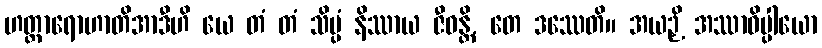
ဟတ္ထာရောဟာတိအာဒီဟိ ယေ တံ တံ သိပ္ပံ နိဿာယ ဇီဝန္တိ, တေ ဒဿေတိ။ အယဉှိ အဿာဓိပ္ပါယော